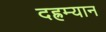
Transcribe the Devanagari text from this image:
दह्रम्यान